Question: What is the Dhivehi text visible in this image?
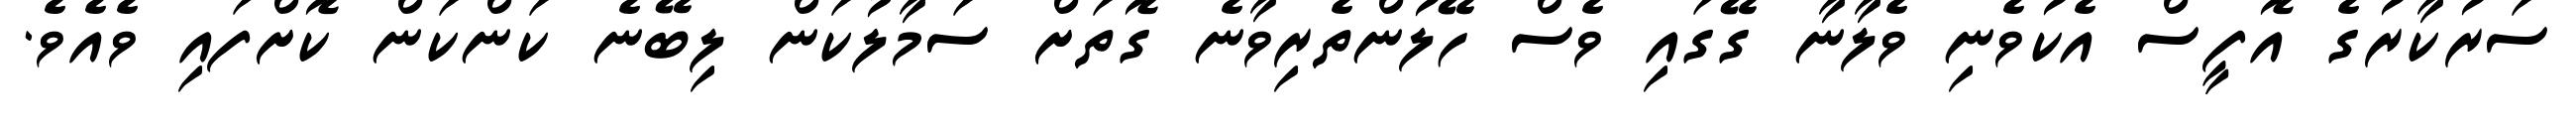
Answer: ސަރުކާރުގެ އޮފީސް އެކުވެނި ވެލާނާ ގޭގައި ވެސް ހޭލުންތެރިވާނެ ގޮތަށް ސަމާލުކަން ލިބޭނެ ކަންކަން ކޮށްފައި ވެއެވެ.